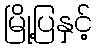
မြို့ပြနှင့်